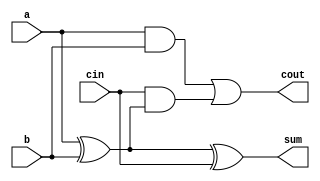
`timescale 1ns / 1ps

module fa_df(input a,b,cin,output sum,cout);
    assign sum = a^b^cin;
    assign cout = (a&b)|(cin&(a^b));
endmodule

module ha_df(input a,b,output sum,cout);
    assign sum = a^b;
    assign cout = a&b;
endmodule

module dadda_tree(input [3:0]a,b,output [7:0]p);
wire [17:1]w;
assign p[0] = a[0]&b[0];
ha_df ha1(a[2]&b[1],a[3]&b[0],w[1],w[2]);
ha_df ha2(a[3]&b[1],a[2]&b[2],w[3],w[4]);
ha_df ha3(a[2]&b[0],a[1]&b[1],w[5],w[6]);
fa_df fa1(a[1]&b[2],w[1],a[0]&b[3],w[7],w[8]);
fa_df fa2(a[1]&b[3],w[3],w[2],w[9],w[10]);
fa_df fa3(a[2]&b[3],a[3]&b[2],w[4],w[11],w[12]);
ha_df ha4(a[0]&b[1],a[1]&b[0],p[1],w[13]);
fa_df fa4(a[0]&b[2],w[5],w[13],p[2],w[14]);
fa_df fa5(w[6],w[7],w[14],p[3],w[15]);
fa_df fa6(w[8],w[9],w[15],p[4],w[16]);
fa_df fa7(w[10],w[11],w[16],p[5],w[17]);
fa_df fa8(a[3]&b[3],w[12],w[17],p[6],p[7]);
endmodule